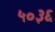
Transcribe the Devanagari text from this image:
५०३६